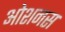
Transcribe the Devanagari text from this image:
ओशनस